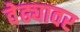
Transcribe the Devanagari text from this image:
वेढ्यावर